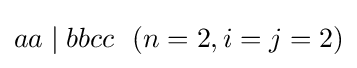
aa\mid bbcc\ \ (n=2,i=j=2)